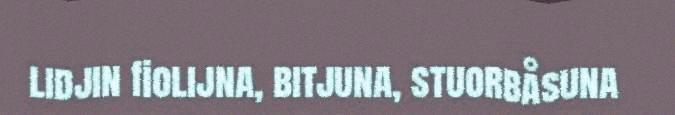
lidjin fiolijna, bitjuna, stuorbåsuna